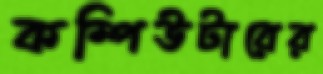
কম্পিউটারের